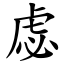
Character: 虙